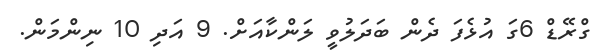
ގްރޭޑް 6ގަ އުޅެފަ ދެން ބަދަލުވީ ލަންކާއަށް. 9 އަދި 10 ނިންމަން.